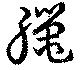
臈